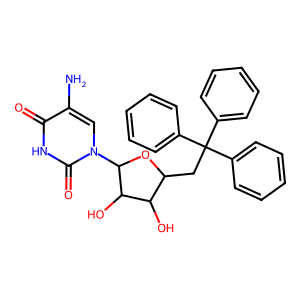
SMILES: Nc1cn(C2OC(CC(c3ccccc3)(c3ccccc3)c3ccccc3)C(O)C2O)c(=O)[nH]c1=O
Inhibits HIV replication: No